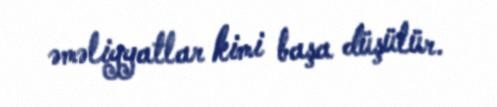
əməliyyatlar kimi başa düşülür.